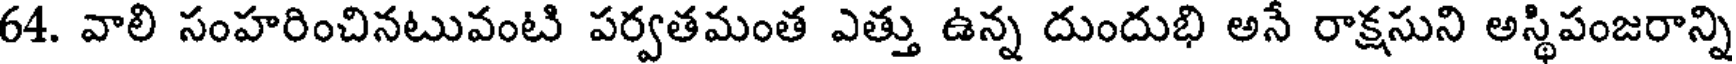
64. వాలి సంహరించినటువంటి పర్వతమంత ఎత్తు ఉన్న దుందుభి అనే రాక్షసుని అస్థిపంజరాన్ని